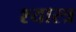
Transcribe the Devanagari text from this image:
श्यास्त्र